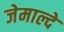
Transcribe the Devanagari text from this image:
जेमाल्दे